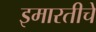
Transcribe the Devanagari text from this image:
इमारतीचें